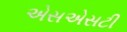
એસએસટી